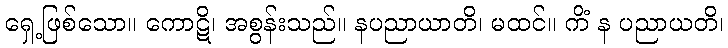
ရှေ့ဖြစ်သော။ ကောဋိ၊ အစွန်းသည်။ နပညာယာတိ၊ မထင်။ ကိံ န ပညာယတိ၊